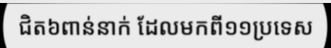
ជិត៦ពាន់នាក់ ដែលមកពី១១ប្រទេស